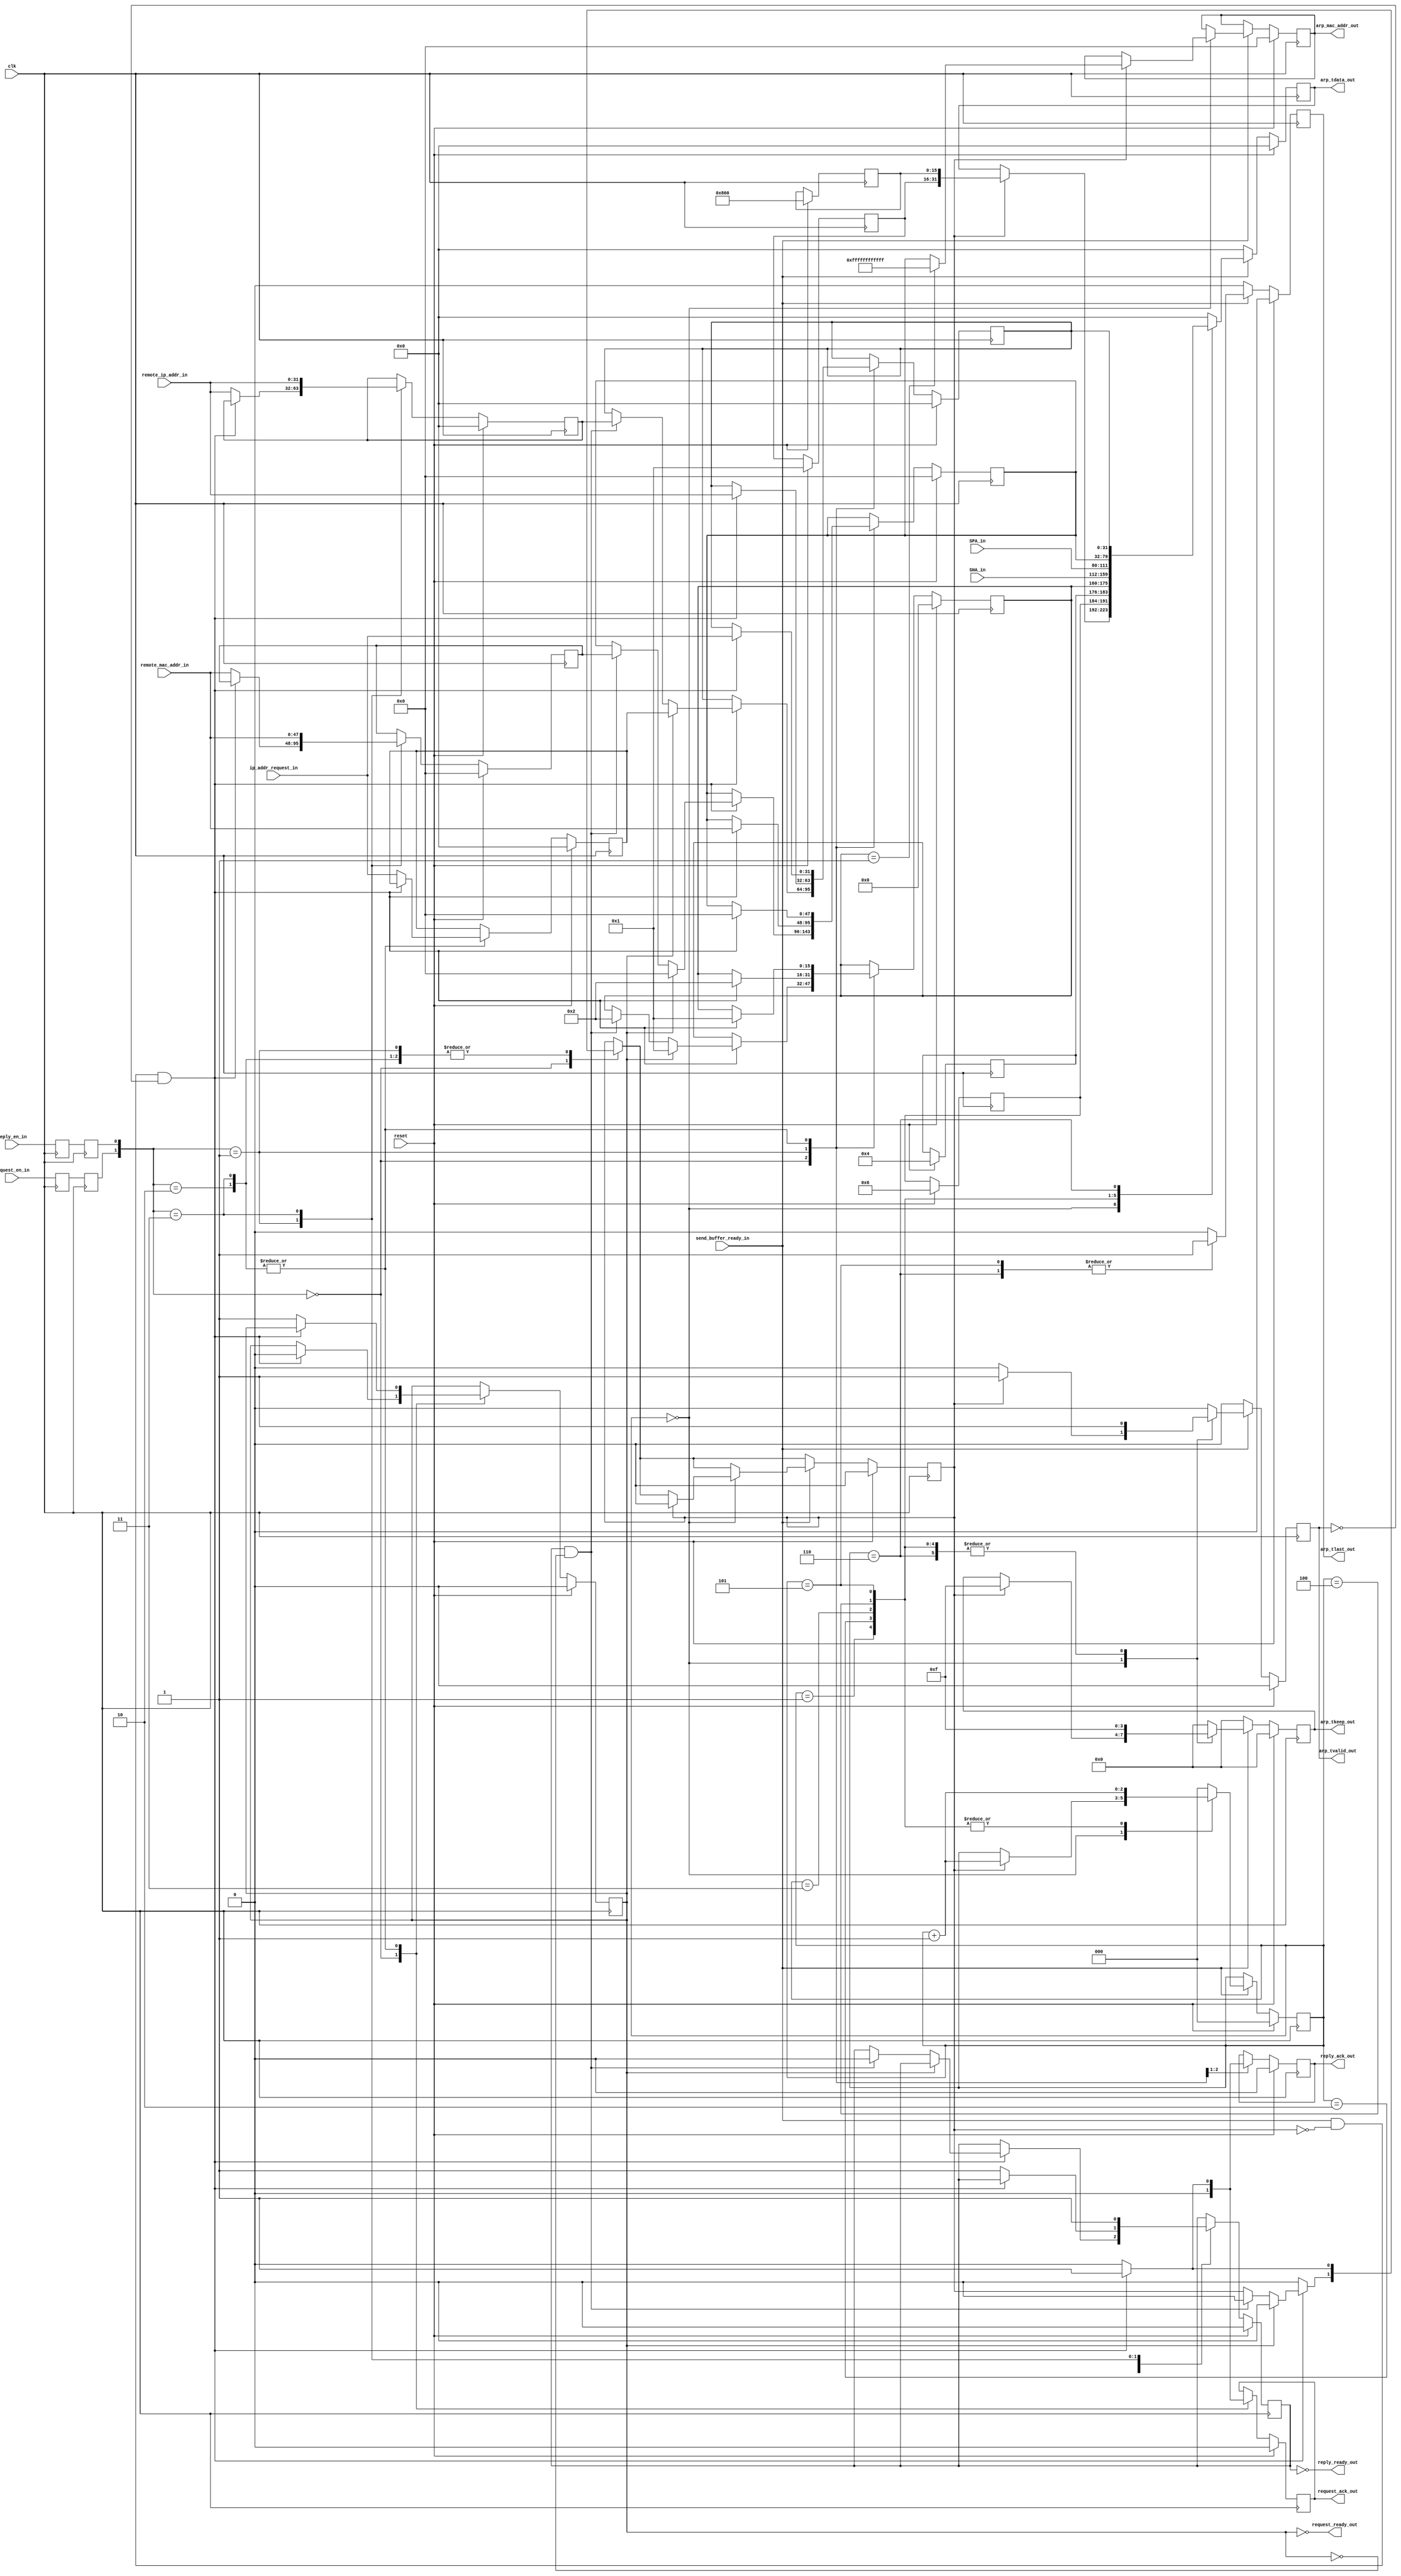
`timescale 1ns / 1ps

/*************************
arp_send.v

Generates ARP packets based on IP and MAC addresses that need to be sent.

Inputs:
clk
reset
send_ip_addr_reply (from arp_rcv)
send_mac_addr_reply (from arp_rcv)
send_ip_addr_request (from send_buffer)
SPA (from ip_send)
SHA (from ip_send)
request_en (a bit that is high if a request needs to be sent)
reply_en (a bit that is high if a reply needs to be sent)
send_buffer_ready (enables sending of ARP packets to the send_buffer module)

Outputs:
arp_valid (to send_buffer)
arp_data (to send_buffer)
reply_ready_out (to arp_rcv)
request_ready (to send_buffer)
arp_mac_addr (to send_buffer)


**************************/
`define REQUEST    16'h0001
`define REPLY    16'h0002
module arp_send(
    input               clk,
    input               reset,
    // The remote machine's IP and MAC
    input [31:0]        remote_ip_addr_in,
    input [47:0]        remote_mac_addr_in,
    // The ip address that ARP will request for.
    input [31:0]        ip_addr_request_in,
    input [31:0]        SPA_in,
    input [47:0]        SHA_in,
    input               request_en_in,
    output reg          request_ack_out,
    input               reply_en_in,
    output reg          reply_ack_out,
    input               send_buffer_ready_in,

    output reg [31:0]   arp_tdata_out,
    output reg          arp_tvalid_out,
    output reg [3:0]    arp_tkeep_out,
    output reg          arp_tlast_out,

    output              reply_ready_out,
    output              request_ready_out,
    output reg [47:0]   arp_mac_addr_out
);

reg [2:0]               word_counter;         //increments when ARP data is being received in 7 separate 32-bit words
reg [15:0]              HTYPE, PTYPE, OPER;   // HTYPE : hardware type; PTYPE: protocol type
reg [7:0]               HLEN, PLEN;
reg [47:0]              THA;    // target MAC address
reg [31:0]              TPA;   // target IP address
reg                     request_buffer_valid, reply_buffer_valid, clear_to_send;
reg [31:0]              ip_request_buffer, ip_reply_buffer;
reg [47:0]              mac_reply_buffer;
reg                     reply_en_r1, reply_en_r2;
reg                     request_en_r1, request_en_r2;


//only ready for new packets when buffers do not have valid data in them
assign request_ready_out = ~request_buffer_valid;
assign reply_ready_out = ~reply_buffer_valid;

//CDR

always @(posedge clk) begin
    reply_en_r1 <= reply_en_in;
    reply_en_r2 <= reply_en_r1;

    request_en_r1 <= request_en_in;
    request_en_r2 <= request_en_r1;
end

always @(posedge clk) begin
    if (reset) begin
        // initialization
        word_counter <= 3'd0;
        HTYPE <= 16'h0001;
        PTYPE <= 16'h0800;
        HLEN <= 8'h06;
        PLEN <= 8'h04;
        OPER <= 16'h0;
        THA <= 48'h0;
        TPA <= 32'h0;
        clear_to_send <= 1'b0;
        request_buffer_valid <= 1'b0;
        reply_buffer_valid <= 1'b0;
        ip_request_buffer <= 32'b0;
        ip_reply_buffer <= 32'b0;
        mac_reply_buffer <= 32'b0;
        arp_mac_addr_out <= 48'b0;
        arp_tvalid_out <= 1'b0;
        arp_tdata_out <= 32'b0;
        arp_tlast_out <= 1'b0;
        arp_tkeep_out <= 'h0;
        request_ack_out <= 1'b0;
        reply_ack_out <= 1'b0;
    end
    else  begin
         case ({request_en_r2, reply_en_r2})
            2'b00: begin
            //check the buffers for data
                reply_ack_out <= 1'b0;
                request_ack_out <= 1'b0;
                if ((send_buffer_ready_in) && (!clear_to_send) && (!arp_tvalid_out)) begin
                    if (request_buffer_valid) begin
                        OPER <= `REQUEST;
                        TPA <= ip_request_buffer;
                        THA <= 48'h0;
                        request_buffer_valid <= 1'b0;
                        clear_to_send <= 1'b0;
                        //request_ack_out <= 1'b1;
                    end
                    else if ((reply_buffer_valid) && (!request_buffer_valid)) begin
                        OPER <= `REPLY;
                        TPA <= ip_reply_buffer;
                        THA <= mac_reply_buffer;
                        reply_buffer_valid <= 1'b0;
                        clear_to_send <= 1'b0;
                       // reply_ack_out <= 1'b1;
                    end
                end
                else begin
                    clear_to_send <= 1'b0;
                end
            end
            2'b01: begin
                if ((send_buffer_ready_in) && (!clear_to_send) && (!arp_tvalid_out)) begin
                    OPER <= `REPLY;
                    TPA <= remote_ip_addr_in;
                    THA <= remote_mac_addr_in;
                    clear_to_send <= 1'b1;
                    reply_ack_out <= 1'b1;
                end
                else begin
                    ip_reply_buffer <= remote_ip_addr_in;
                    reply_buffer_valid <= 1'b1;
                    mac_reply_buffer <= remote_mac_addr_in;
                    clear_to_send <= 1'b0;
                    reply_ack_out <= 1'b0;
                end
            end
            2'b10: begin
                if ((send_buffer_ready_in) && (!clear_to_send) && (!arp_tvalid_out)) begin
                    OPER <= `REQUEST;
                    TPA <= ip_addr_request_in;
                    THA <= 48'h0;
                    clear_to_send <= 1'b1;
                    request_ack_out <= 1'b1;
                    end
                else begin
                   ip_request_buffer <= ip_addr_request_in;
                   request_buffer_valid <= 1'b1;
                   clear_to_send <= 1'b0;
                   request_ack_out <= 1'b0;
                end
            end
            2'b11: begin
                if ((send_buffer_ready_in) && (!clear_to_send) && (!arp_tvalid_out)) begin
                    OPER <= `REQUEST;
                    TPA <= ip_addr_request_in;
                    THA <= 48'h0;
                    clear_to_send <= 1'b1;
                    request_ack_out <= 1'b1;
                end
                else begin
                    ip_request_buffer <= ip_addr_request_in;
                    request_buffer_valid <= 1'b1;
                    clear_to_send <= 1'b0;
                    request_ack_out <= 1'b0;
                end
                ip_reply_buffer <= remote_ip_addr_in;
                reply_buffer_valid <= 1'b1;
                mac_reply_buffer <= remote_mac_addr_in;
            end
           default:
             begin

             end
         endcase
            //Data Tx state machine:
         //send out ARP packets one word at a time when send_buffer_ready_in is high,
     //and set the valid bit high when doing so.  increment through the
     //words using word_counter.
            if (send_buffer_ready_in) begin
                case (word_counter)
                    3'd0: begin
                        if (clear_to_send) begin //packet is beginning to be sent
                            arp_tdata_out <= {HTYPE, PTYPE};
                            arp_tvalid_out <= 1'b1;
                            arp_tkeep_out <= 'hf;
                            arp_tlast_out <= 1'b0;
                            word_counter <= word_counter + 1;
                            clear_to_send <= 1'b0;

                            //In the ARP request, the destination MAC is FFFFFFFFFFFF
                            if (OPER == `REQUEST) begin
                                arp_mac_addr_out <= 48'hFFFFFFFFFFFF;
                            end
                            else begin
                                arp_mac_addr_out <= THA;
                            end
                        end
                        else begin //packet just finished being sent... now we wait for another clear_to_send
                            arp_tvalid_out <= 1'b0;
                            arp_tlast_out <= 1'b0;
                        end
                    end
                    3'd1: begin
                        arp_tdata_out <= {HLEN, PLEN, OPER}; // hardware address length, protocal addr length, operation type
                        arp_tvalid_out <= 1'b1;
                        arp_tkeep_out <= 'hf;
                        arp_tlast_out <= 1'b0;
                        word_counter <= word_counter + 1;
                    end
                    3'd2: begin
                        arp_tdata_out <= SHA_in[47:16];
                        arp_tvalid_out <= 1'b1;
                        arp_tkeep_out <= 'hf;
                        arp_tlast_out <= 1'b0;
                        word_counter <= word_counter + 1;
                    end
                    3'd3: begin
                        arp_tdata_out <= {SHA_in[15:0], SPA_in[31:16]};
                        arp_tvalid_out <= 1'b1;
                        arp_tkeep_out <= 'hf;
                        arp_tlast_out <= 1'b0;
                        word_counter <= word_counter + 1;
                    end
                    3'd4: begin
                        arp_tdata_out <= {SPA_in[15:0], THA[47:32]};
                        arp_tvalid_out <= 1'b1;
                        arp_tkeep_out <= 'hf;
                        arp_tlast_out <= 1'b0;
                        word_counter <= word_counter + 1;
                    end
                    3'd5: begin
                        arp_tdata_out <= THA[31:0];
                        arp_tvalid_out <= 1'b1;
                        arp_tkeep_out <= 'hf;
                        arp_tlast_out <= 1'b1;
                        word_counter <= word_counter + 1;
                    end
                    3'd6: begin
                        arp_tdata_out <= TPA;
                        arp_tvalid_out <= 1'b1;
                        arp_tkeep_out <= 'hf;
                        arp_tlast_out <= 1'b1;
                        word_counter <= 3'd0;
                    end
                    default: begin
                        arp_tdata_out <= 32'b0;
                        arp_tvalid_out <= 1'b0;
                        arp_tkeep_out <= 'h0;
                        arp_tlast_out <= 1'b0;
                        word_counter <= 3'd0;
                    end
                endcase

            end
            else begin
                arp_tdata_out <= 'h0;
                arp_tvalid_out <= 1'b0;
                arp_tkeep_out <= 'h0;
                arp_tlast_out <= 1'b0;
            end
        end
   end

endmodule